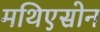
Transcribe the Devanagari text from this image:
मथिएसोन